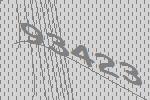
93423